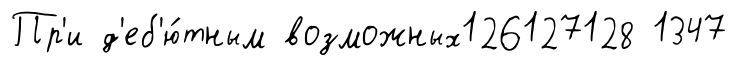
Пр'и д'еб'ю́тным возможных126127128 1347